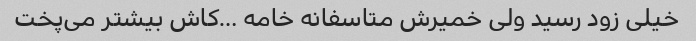
خیلی زود رسید ولی خمیرش متاسفانه خامه …کاش بیشتر می‌پخت